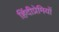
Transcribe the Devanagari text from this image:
हिंदीप्रेमियों